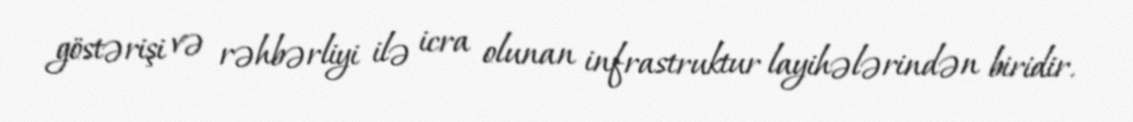
göstərişi və rəhbərliyi ilə icra olunan infrastruktur layihələrindən biridir.